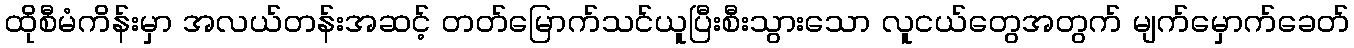
ထိုစီမံကိန်းမှာ အလယ်တန်းအဆင့် တတ်မြောက်သင်ယူပြီးစီးသွားသော လူငယ်တွေအတွက် မျက်မှောက်ခေတ်